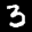
Label: 3